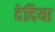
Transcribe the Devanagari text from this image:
देदिया